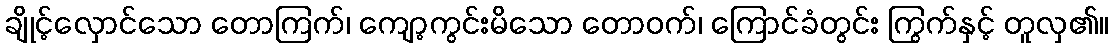
ချိုင့်လှောင်သော တောကြက်၊ ကျော့ကွင်းမိသော တောဝက်၊ ကြောင်ခံတွင်း ကြွက်နှင့် တူလှ၏။